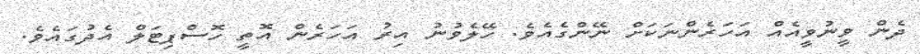
ދެން ވީނުވީއެއް އަހަރެންނަކަށް ނޭންގެއެވެ. ހޭލެވުނު އިރު އަހަރެން އޮތީ ހޮސްޕިޓަލް އެދުގައެވެ.